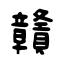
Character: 贛